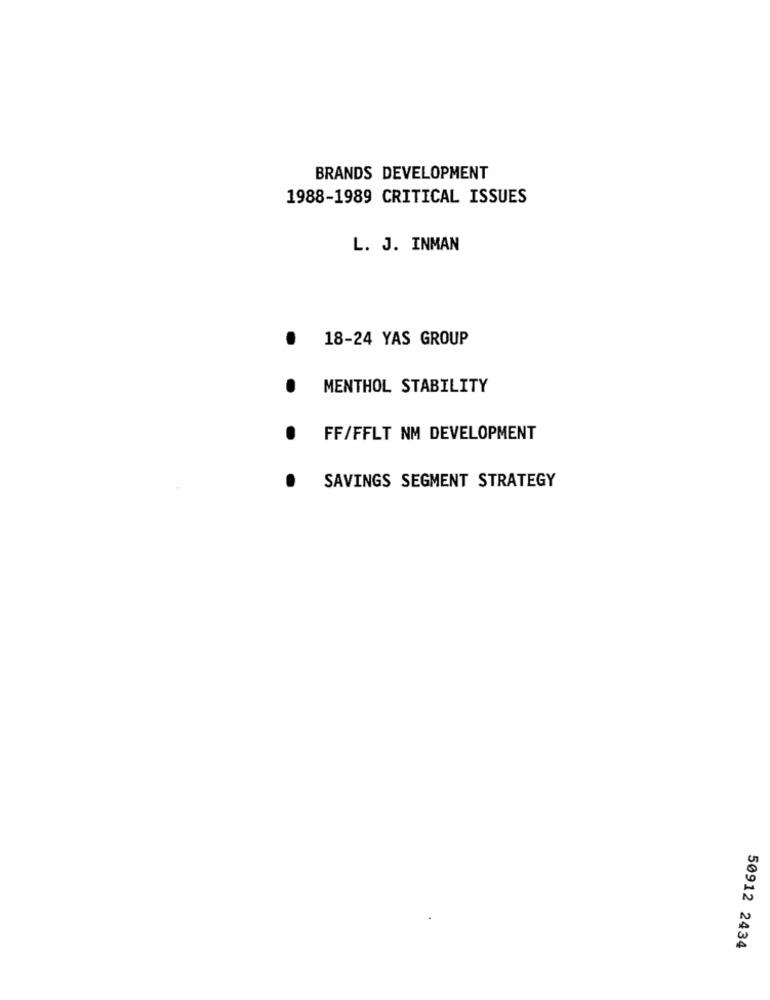
BRANDS DEVELOPMENT
1988-1989 CRITICAL ISSUES
L. J. INMAN
18-24 YAS GROUP
.
.
MENTHOL STABILITY
.
FF/FFLT NM DEVELOPMENT
.
SAVINGS SEGMENT STRATEGY
50912 2434